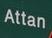
attan